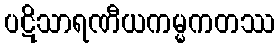
ပဋိသာရဏီယကမ္မကတဿ